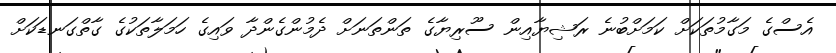
އެސްގެ މަގާމުތަކަށް ކަމަށްބުނެ ރަޝިޔާއިން ސޫރިޔާގެ ތަންތަނަށް ދެމުންގެންދާ ވައިގެ ހަމަލާތަކުގެ ގާތްގަނޑަކަށް